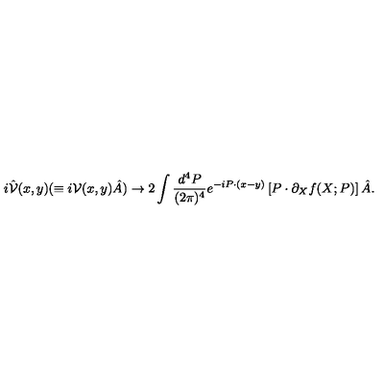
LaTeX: i \hat { { \cal V } } ( x , y ) ( \equiv i { \cal V } ( x , y ) \hat { A } ) \to 2 \int \frac { d ^ { 4 } P } { ( 2 \pi ) ^ { 4 } } e ^ { - i P \cdot ( x - y ) } \left[ P \cdot \partial _ { X } f ( X ; P ) \right] \hat { A } .